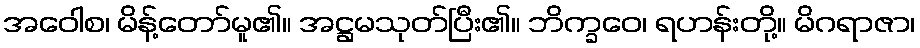
အဝေါစ၊ မိန့်တော်မူ၏။ အဋ္ဌမသုတ်ပြီး၏။ ဘိက္ခဝေ၊ ရဟန်းတို့။ မိဂရာဇာ၊